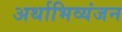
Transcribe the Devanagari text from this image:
अर्थाभिव्यंजन